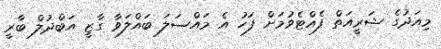
މިއަދުގެ ޝަރީއަތް ފެއްޓެވުމަށް ފަހު އެ މައްސަލަ ބައްލަވާ ގާޒީ އަބްދުލް ބާރީ